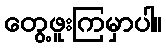
တွေ့ဖူးကြမှာပါ။